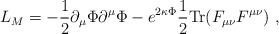
\begin{align*}L_M=-\frac{1}{2}\partial_\mu \Phi \partial^\mu \Phi -e^{2 \kappa \Phi }\frac{1}{2} {\rm Tr} (F_{\mu\nu} F^{\mu\nu})\ , \end{align*}